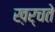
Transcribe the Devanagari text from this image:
ख़र्चते